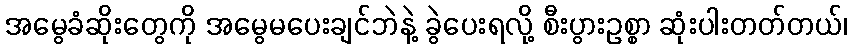
အမွေခံဆိုးတွေကို အမွေမပေးချင်ဘဲနဲ့ ခွဲပေးရလို့ စီးပွားဥစ္စာ ဆုံးပါးတတ်တယ်၊